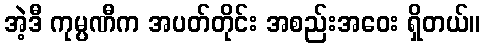
အဲ့ဒီ ကုမ္ပဏီက အပတ်တိုင်း အစည်းအဝေး ရှိတယ်။